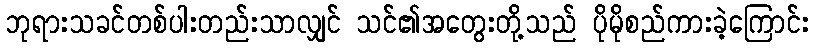
ဘုရားသခင်တစ်ပါးတည်းသာလျှင် သင်၏အတွေးတို့သည် ပိုမိုစည်ကားခဲ့ကြောင်း